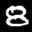
Label: 8